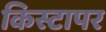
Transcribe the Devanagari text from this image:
किस्टापर